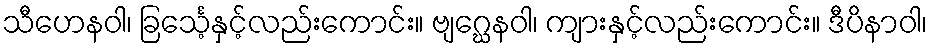
သီဟေနဝါ၊ ခြင်္သေ့နှင့်လည်းကောင်း။ ဗျဂ္ဃေနဝါ၊ ကျားနှင့်လည်းကောင်း။ ဒီပိနာဝါ၊